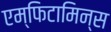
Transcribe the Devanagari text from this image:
एम्फिटामिन्स